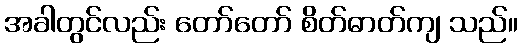
အခါတွင်လည်း တော်တော် စိတ်ဓာတ်ကျ သည်။